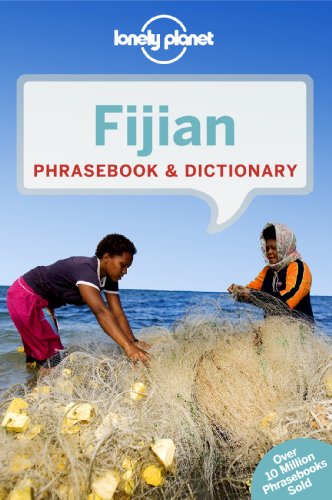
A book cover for Lonely Planet Fijian Phrasebook & Dictionary (Lonely Planet Phrasebook and Dictionary); Lonely Planet; Travel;